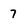
Character: 7